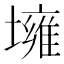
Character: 㙲